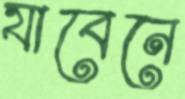
যাবেনে